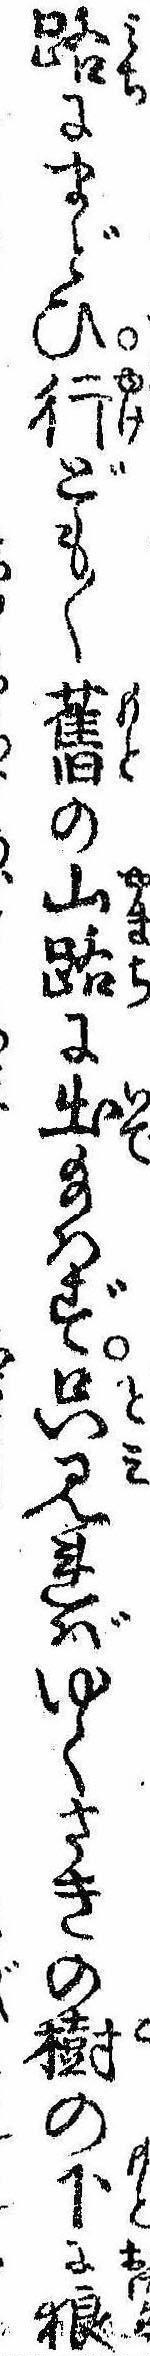
路にまどひ行ども〱旧の山路に出給はず只見ればゆくさきの樹の下に狼